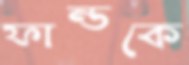
ফান্ডকে